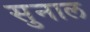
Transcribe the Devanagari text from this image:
सुनाल